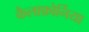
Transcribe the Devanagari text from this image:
कैलाफ़ोर्निया